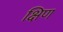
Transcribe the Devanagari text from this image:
क्षिण